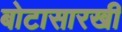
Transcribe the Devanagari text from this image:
बोटासारखी